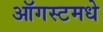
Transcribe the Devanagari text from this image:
ऑगस्टमधे